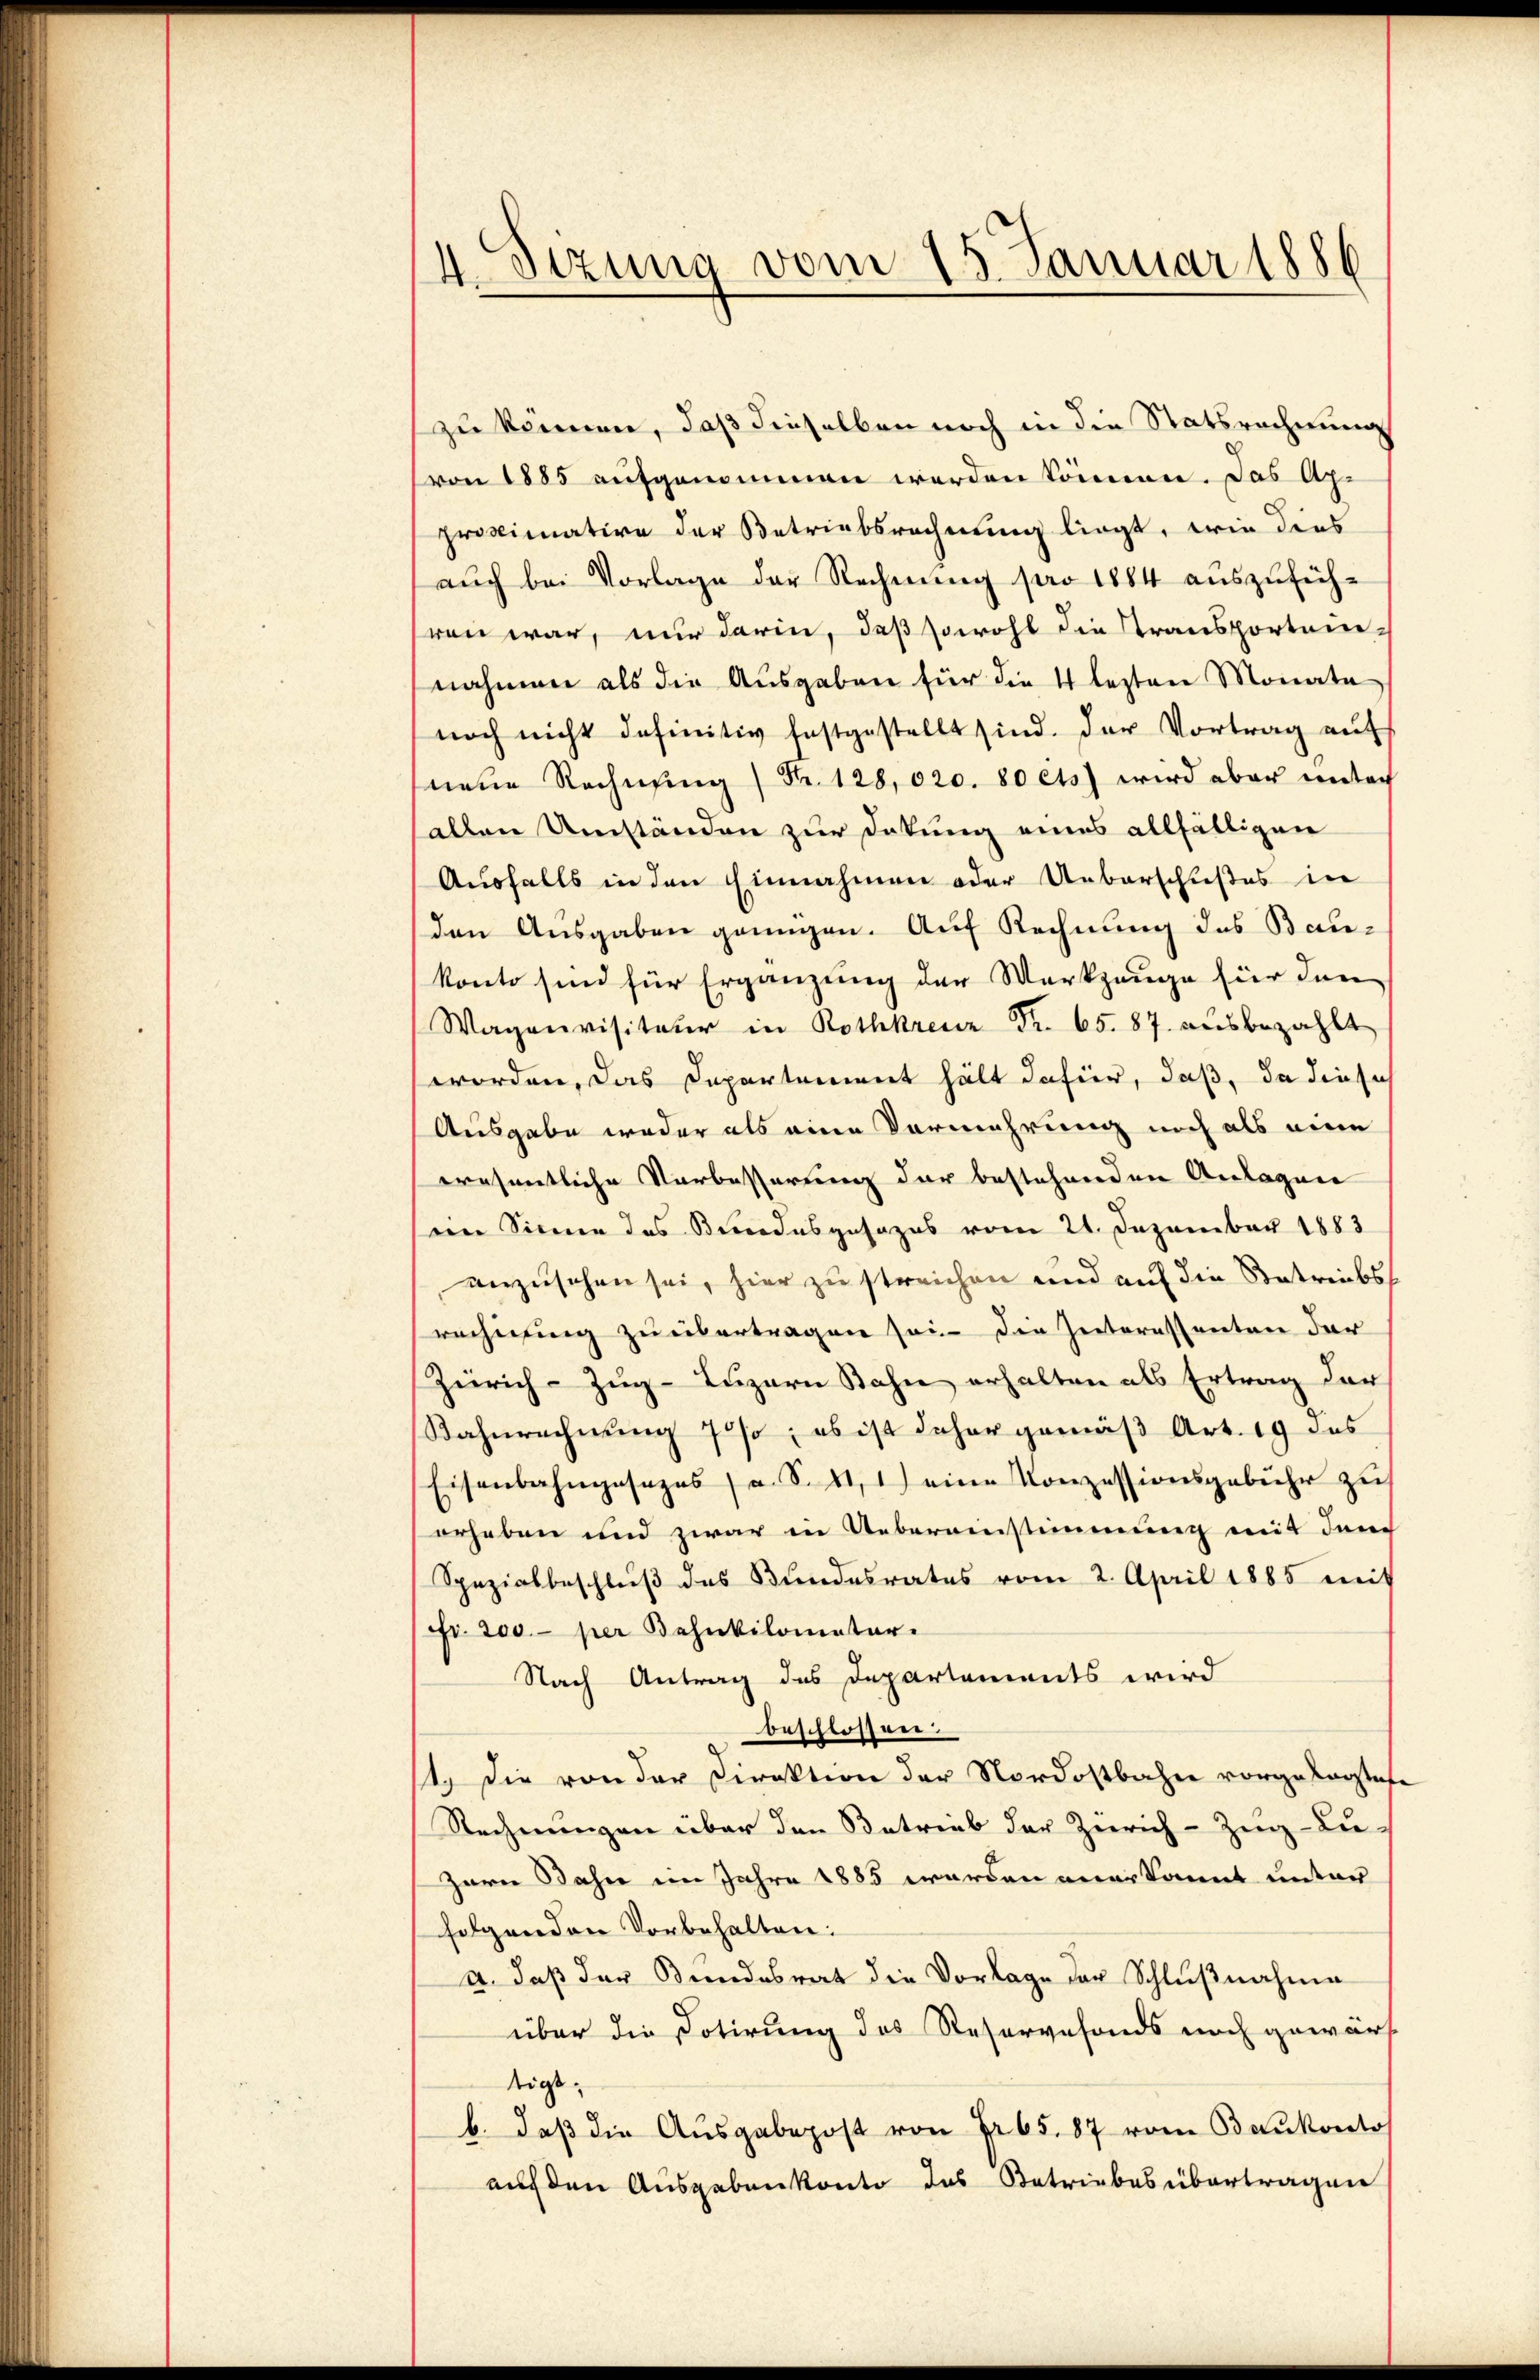
4. Sezung vom 15. Januar 1886

zu können, daß dieselben noch in die Statsrechnung
von 1885 aufgenommen werden können. Das Approximative der Betriebsrechnung liegt, wie dies
auch bei Vorlage der Rechnung pro 1884 auszuführen war, nur darin, daß sowohl die Transporten-
nahmen als die Ausgaben für die 4 lezten Monate
noch nicht definitiv festgestellt sind. Der Vortrag aŭf
neue Rechnung Fr. 128,020. 80 cts) wird aber unter
allen Umständen zur Dokung eines allfälligen
Ausfalls in den Einnahmen oder Ueberschußes in
den Ausgaben genügen. Auf Rechnung des Bau-
konto sind für Ergänzung der Werkzeuge für den
Wagenvisitair in Rothkreuz Fr. 65. 87. ausbezahlt
worden, das Departement hält dafür, daß, da diese
Ausgabe weder als eine Vermehrung noch als eine
erosentliche Vorbesserung der bestehenden Anlagen
en Sinne das Bundesgesezes vom 21. Dezember 1883
anzusehen sei, hier zu streichen und auf die Betreibsrechnung zu übertragen sei. Die Interessenten der
Zürich–Zug–Luzern Bahne erhalten als Ertrag der
Bahnrechnung 75%; es ist daher gemäß Art. 19 des
Eisenbahngesezes a. S. 41. 1) eine Konzessionsgebühr zu
erheben und zwar in Uebereinstimmung mit dem
Spezialbeschluß des Bundesrates vom 2. April 1885 mit
Fr. 200.- per Behnkilometer.
Nach Antrag des Departements wird
beschlossen.
st. Die von der Direktion der Nordostbahn vorgesagtes
Rechnungen über den Betrieb der Zürich-Zug-Lu-
zern Jahn im Jahre 1885 werden anerkannt unter
folgenden Vorbehalten:
a. daβ der Bundesrat die Vorlage der Schlŭβnahme
über die Dotirung des Reservefonds noch gewärf-
tigt,
b. daß die Ausgabepost von Fr 65. 87 vom Baukonto
auf den Ausgaben konto des Betriebes übertragen